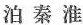
泊秦淮